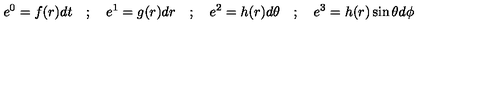
e ^ { 0 } = f ( r ) d t \quad ; \quad e ^ { 1 } = g ( r ) d r \quad ; \quad e ^ { 2 } = h ( r ) d \theta \quad ; \quad e ^ { 3 } = h ( r ) \sin \theta d \phi